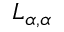
L _ { \alpha , \alpha }